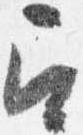
召